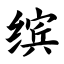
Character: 缤